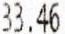
33.46